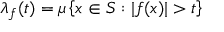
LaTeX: \lambda _ { f } ( t ) = \mu \left\{ x \in S : | f ( x ) | > t \right\}